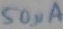
Text: 50µA